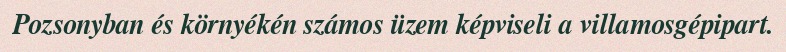
Pozsonyban és környékén számos üzem képviseli a villamosgépipart.